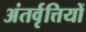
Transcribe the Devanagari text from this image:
अंतर्वृत्तियों